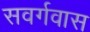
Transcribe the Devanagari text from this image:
सवर्गवास